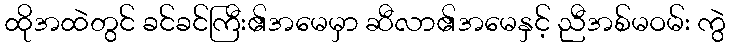
ထိုအထဲတွင် ခင်ခင်ကြီး၏အမေမှာ ဆီလာ၏အမေနှင့် ညီအစ်မဝမ်း ကွဲ